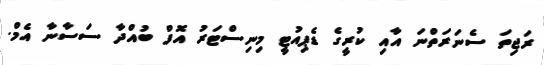
ރަޖިތަ ސެނަރަތްނަ އާއި ކުރީގެ ޑެޕިއުޓީ މިނިސްޓަރު އޮފް ބުއްދާ ސަސާނާ އެމް.